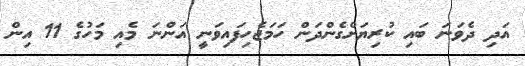
އަދި ދެވަަނަ ބައި ކުރިޔަށްގެންދަން ހަމަޖެހިފައިވަނީ އަންނަ މެއި މަހުގެ 11 އިން